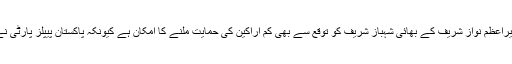
مُسلم لیگ ن کے اُمیدوار اور سابق وزیرِاعظم نواز شریف کے بھائی شہباز شریف کو توقع سے بھی کم اراکین کی حمایت ملنے کا امکان ہے کیونکہ پاکستان پیپلز پارٹی نے اُن کی حمایت سے انکار کردیا ہے۔